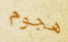
هجوم